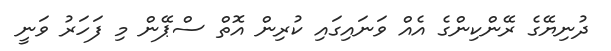
ދުނިޔޭގެ ރޭންކިންގެ އެއް ވަނައިގައި ކުރިން އޮތް ސްޕޭން މި ފަހަރު ވަނީ